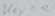
Text: key=a